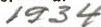
1934